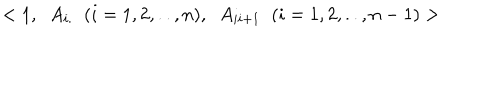
< 1 , \; \; A _ { i . } \; \; ( i = 1 , 2 , . . , n ) , \; \; A _ { i i + 1 } \; \; ( i = 1 , 2 , . . , n - 1 ) >